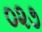
૦૨૭